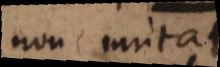
non mutat.